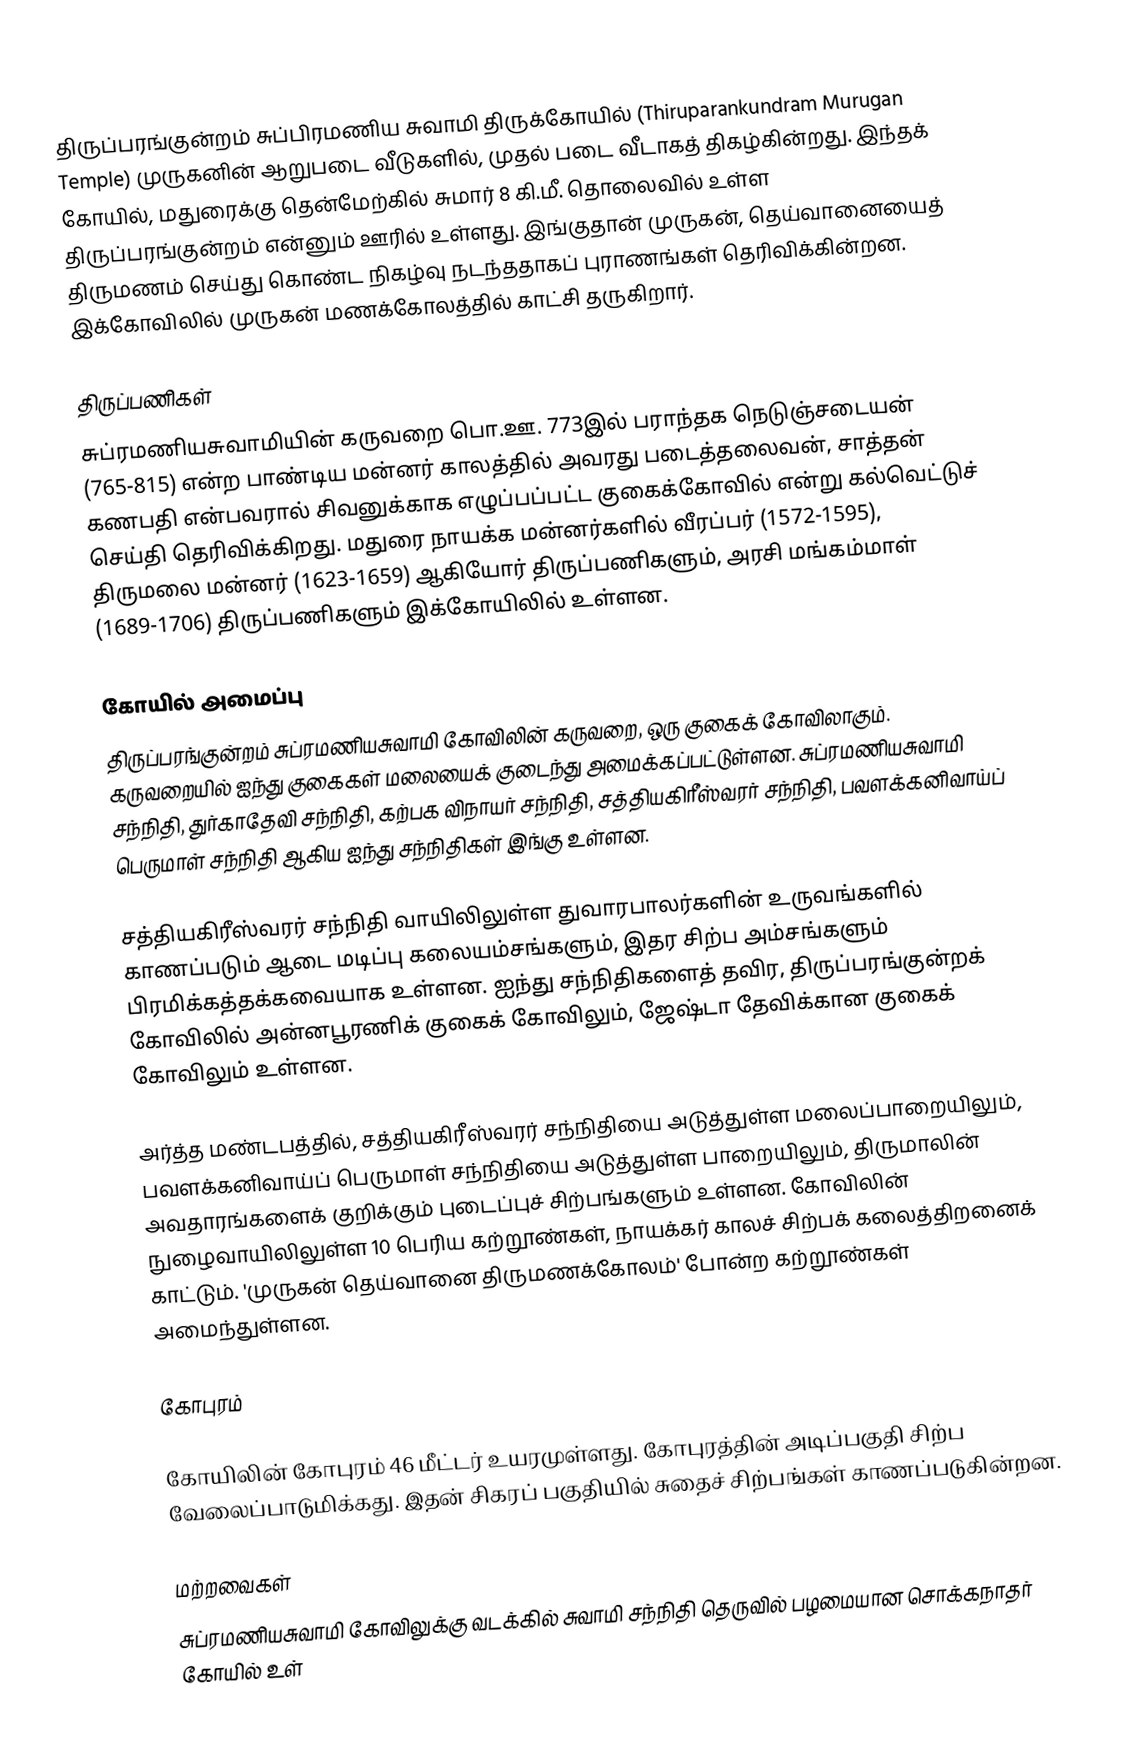
திருப்பரங்குன்றம் சுப்பிரமணிய சுவாமி திருக்கோயில் (Thiruparankundram Murugan Temple) முருகனின் ஆறுபடை வீடுகளில், முதல் படை வீடாகத் திகழ்கின்றது. இந்தக் கோயில், மதுரைக்கு தென்மேற்கில் சுமார் 8 கி.மீ. தொலைவில் உள்ள திருப்பரங்குன்றம் என்னும் ஊரில் உள்ளது. இங்குதான் முருகன், தெய்வானையைத் திருமணம் செய்து கொண்ட நிகழ்வு நடந்ததாகப் புராணங்கள் தெரிவிக்கின்றன. இக்கோவிலில் முருகன் மணக்கோலத்தில் காட்சி தருகிறார்.

திருப்பணிகள்
சுப்ரமணியசுவாமியின் கருவறை பொ.ஊ. 773இல் பராந்தக நெடுஞ்சடையன் (765-815) என்ற பாண்டிய மன்னர் காலத்தில் அவரது படைத்தலைவன், சாத்தன் கணபதி என்பவரால் சிவனுக்காக எழுப்பப்பட்ட குகைக்கோவில் என்று கல்வெட்டுச் செய்தி தெரிவிக்கிறது. மதுரை நாயக்க மன்னர்களில் வீரப்பர் (1572-1595), திருமலை மன்னர் (1623-1659) ஆகியோர் திருப்பணிகளும், அரசி மங்கம்மாள் (1689-1706) திருப்பணிகளும் இக்கோயிலில் உள்ளன.

கோயில் அமைப்பு
திருப்பரங்குன்றம் சுப்ரமணியசுவாமி கோவிலின் கருவறை, ஒரு குகைக் கோவிலாகும். கருவறையில் ஐந்து குகைகள் மலையைக் குடைந்து அமைக்கப்பட்டுள்ளன. சுப்ரமணியசுவாமி சந்நிதி, துர்காதேவி சந்நிதி, கற்பக விநாயர் சந்நிதி, சத்தியகிரீஸ்வரர் சந்நிதி, பவளக்கனிவாய்ப் பெருமாள் சந்நிதி ஆகிய ஐந்து சந்நிதிகள் இங்கு உள்ளன.

சத்தியகிரீஸ்வரர் சந்நிதி வாயிலிலுள்ள துவாரபாலர்களின் உருவங்களில் காணப்படும் ஆடை மடிப்பு கலையம்சங்களும், இதர சிற்ப அம்சங்களும் பிரமிக்கத்தக்கவையாக உள்ளன. ஐந்து சந்நிதிகளைத் தவிர, திருப்பரங்குன்றக் கோவிலில் அன்னபூரணிக் குகைக் கோவிலும், ஜேஷ்டா தேவிக்கான குகைக் கோவிலும் உள்ளன.

அர்த்த மண்டபத்தில், சத்தியகிரீஸ்வரர் சந்நிதியை அடுத்துள்ள மலைப்பாறையிலும், பவளக்கனிவாய்ப் பெருமாள் சந்நிதியை அடுத்துள்ள பாறையிலும், திருமாலின் அவதாரங்களைக் குறிக்கும் புடைப்புச் சிற்பங்களும் உள்ளன. கோவிலின் நுழைவாயிலிலுள்ள 10 பெரிய கற்றூண்கள், நாயக்கர் காலச் சிற்பக் கலைத்திறனைக் காட்டும். 'முருகன் தெய்வானை திருமணக்கோலம்' போன்ற கற்றூண்கள் அமைந்துள்ளன.

கோபுரம்

கோயிலின் கோபுரம் 46 மீட்டர் உயரமுள்ளது. கோபுரத்தின் அடிப்பகுதி சிற்ப வேலைப்பாடுமிக்கது. இதன் சிகரப் பகுதியில் சுதைச் சிற்பங்கள் காணப்படுகின்றன.

மற்றவைகள்
 சுப்ரமணியசுவாமி கோவிலுக்கு வடக்கில் சுவாமி சந்நிதி தெருவில் பழமையான சொக்கநாதர் கோயில் உள்